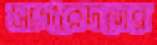
সাগরেদদের